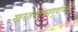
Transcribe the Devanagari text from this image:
खरतरगच्छगुर्वावली